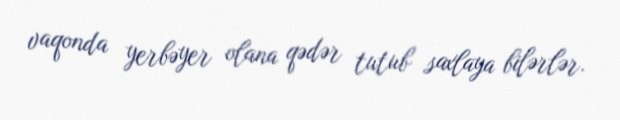
vaqonda yerbəyer olana qədər tutub saxlaya bilərlər.